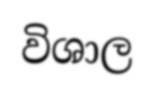
විශාල